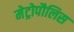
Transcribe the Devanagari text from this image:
मेट्रोपौलिस